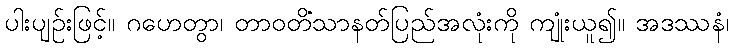
ပါးပျဉ်းဖြင့်။ ဂဟေတွာ၊ တာဝတိံသာနတ်ပြည်အလုံးကို ကျုံးယူ၍။ အဒဿနံ၊